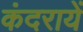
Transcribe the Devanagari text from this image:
कंदरायें